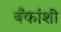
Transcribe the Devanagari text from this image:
बँकांशी